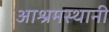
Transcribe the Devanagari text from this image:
आश्रमस्थानी